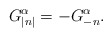
\begin{align*}G_{\left| n\right| }^{\alpha }=-G_{-n}^{\alpha }.\end{align*}